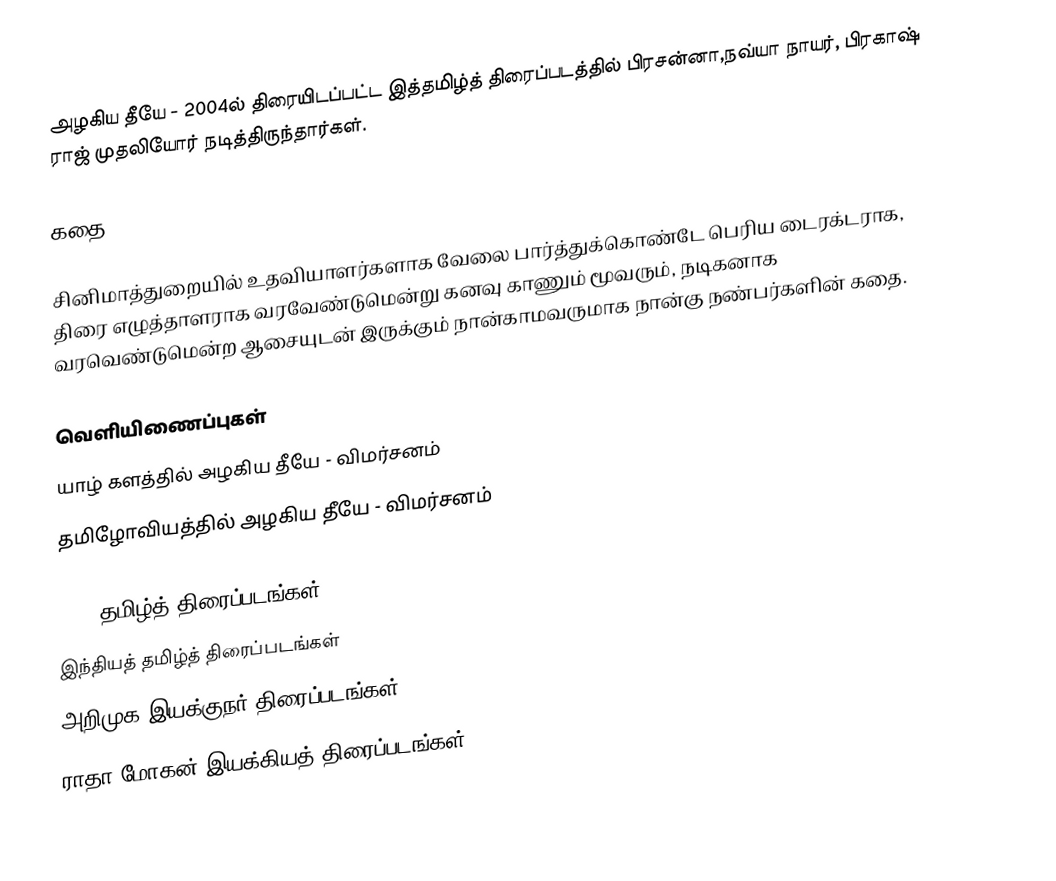
அழகிய தீயே - 2004ல் திரையிடப்பட்ட இத்தமிழ்த் திரைப்படத்தில் பிரசன்னா,நவ்யா நாயர், பிரகாஷ் ராஜ்  முதலியோர் நடித்திருந்தார்கள்.

கதை

சினிமாத்துறையில் உதவியாளர்களாக வேலை பார்த்துக்கொண்டே பெரிய டைரக்டராக, திரை எழுத்தாளராக வரவேண்டுமென்று கனவு காணும் மூவரும், நடிகனாக வரவெண்டுமென்ற ஆசையுடன் இருக்கும் நான்காமவருமாக நான்கு நண்பர்களின் கதை.

வெளியிணைப்புகள்
யாழ் களத்தில் அழகிய தீயே - விமர்சனம்
தமிழோவியத்தில் அழகிய தீயே - விமர்சனம்

2004 தமிழ்த் திரைப்படங்கள்
இந்தியத் தமிழ்த் திரைப்படங்கள்
அறிமுக இயக்குநர் திரைப்படங்கள்
ராதா மோகன் இயக்கியத் திரைப்படங்கள்